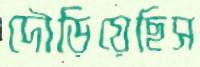
দৌড়িয়েছিস